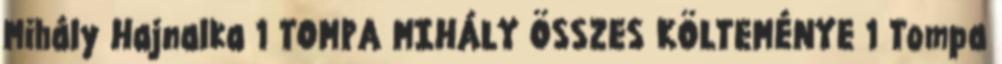
Mihály Hajnalka 1 TOMPA MIHÁLY ÖSSZES KÖLTEMÉNYE 1 Tompa